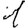
Digit: 1